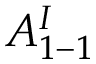
A _ { 1 - 1 } ^ { I }